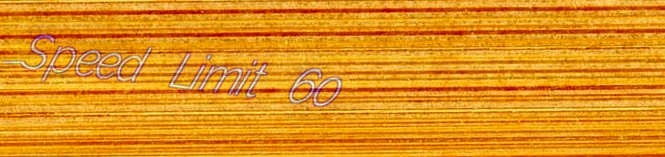
Speed Limit 60